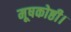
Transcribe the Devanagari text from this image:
मूषकोष्ठी।